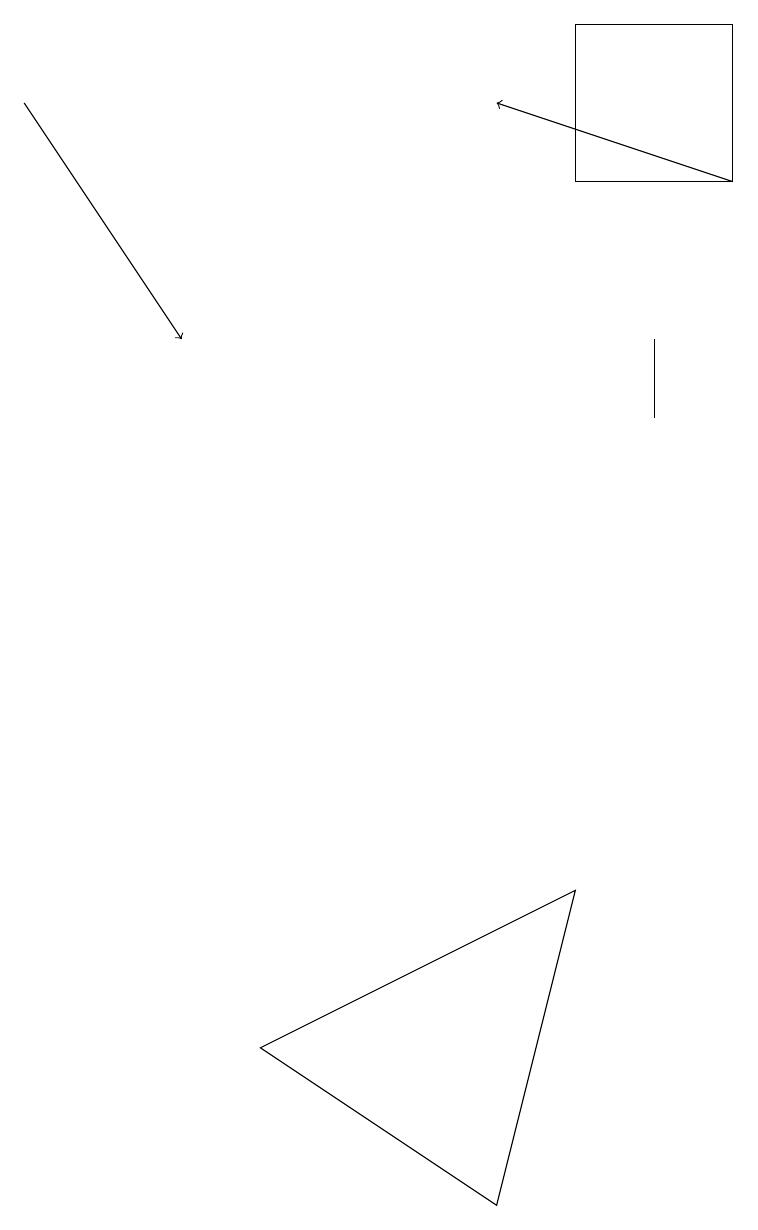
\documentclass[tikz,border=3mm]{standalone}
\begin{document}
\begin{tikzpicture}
\draw (8,10) rectangle (8,11);
\draw[->] (9,13) -- (6,14);
\draw[->] (0,14) -- (2,11);
\draw (7,13) rectangle (9,15);
\draw (7,4) -- (3,2) -- (6,0) -- cycle;
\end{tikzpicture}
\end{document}